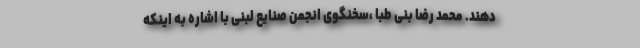
دهند. محمد رضا بنی طبا ،سخنگوی انجمن صنایع لبنی با اشاره به اینکه